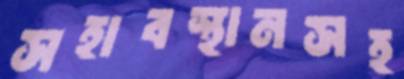
সহাবস্থানসহ